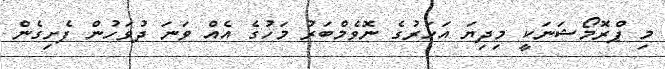
މި ޕްރޮމޯޝަނަކީ މިދިޔަ އަހަރުގެ ނޮވެމްބަރު މަހުގެ އެއް ވަނަ ދުވަހުން ފެށިގެން